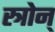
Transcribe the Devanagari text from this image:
स्त्रोन्